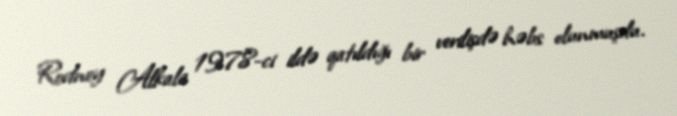
Rodney Alkala 1978-ci ildə qatıldığı bir verilişdə həbs olunmuşdu.